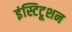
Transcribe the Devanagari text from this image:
इंस्टिटूशन